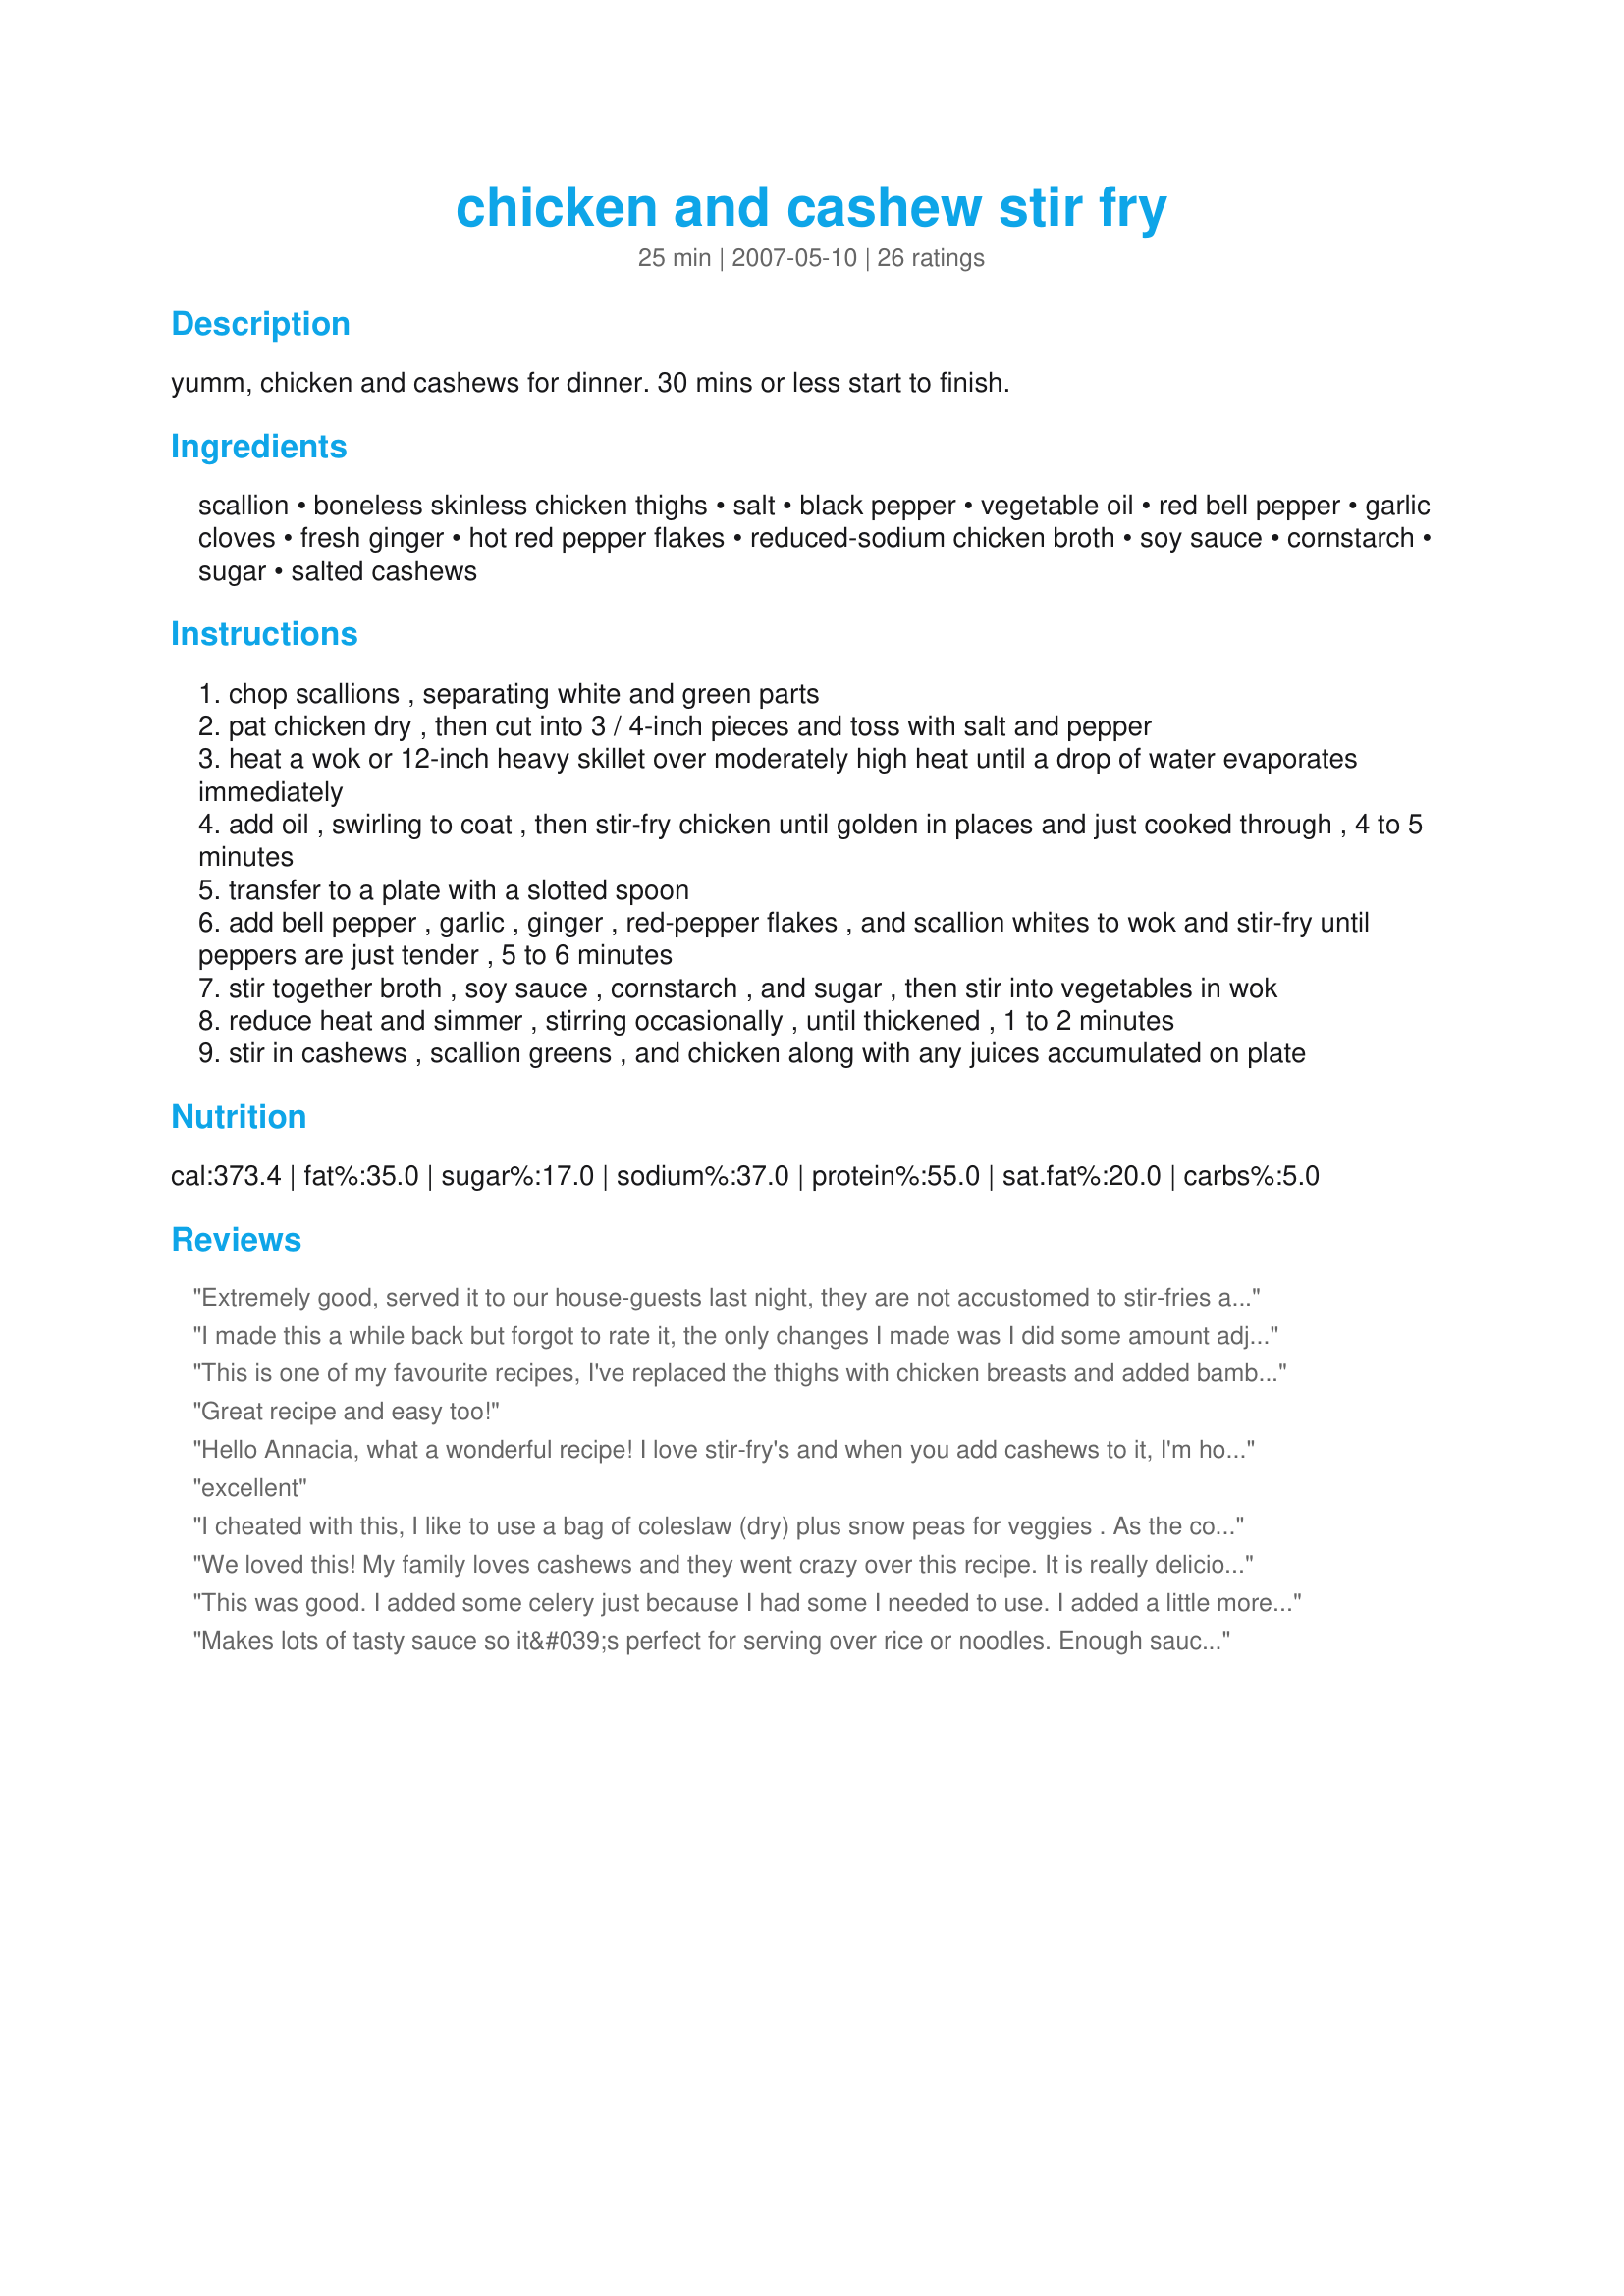
chicken and cashew stir fry
Preparation time: 25 minutes

yumm, chicken and cashews for dinner. 30 mins or less start to finish.

Ingredients:
scallion, boneless skinless chicken thighs, salt, black pepper, vegetable oil, red bell pepper, garlic cloves, fresh ginger, hot red pepper flakes, reduced-sodium chicken broth, soy sauce, cornstarch, sugar, salted cashews

Steps:
chop scallions , separating white and green parts
pat chicken dry , then cut into 3 / 4-inch pieces and toss with salt and pepper
heat a wok or 12-inch heavy skillet over moderately high heat until a drop of water evaporates immediately
add oil , swirling to coat , then stir-fry chicken until golden in places and just cooked through , 4 to 5 minutes
transfer to a plate with a slotted spoon
add bell pepper , garlic , ginger , red-pepper flakes , and scallion whites to wok and stir-fry until peppers are just tender , 5 to 6 minutes
stir together broth , soy sauce , cornstarch , and sugar , then stir into vegetables in wok
reduce heat and simmer , stirring occasionally , until thickened , 1 to 2 minutes
stir in cashews , scallion greens , and chicken along with any juices accumulated on plate

Reviews:
Extremely good, served it to our house-guests last night, they are not accustomed to stir-fries and were pleasantly surprised!
I added extra veg .. I had baby corn and snow peas, so added them in, and used a green bell-pepper, didn't have a red one.

The spice is just right, pleasantly hot, and the chicken was very tender.

I served this over egg noodles, and we enjoyed an excellent supper.

Oh! I used sesame oil instead of the vegetable oil!

Very nice, Annacia, thank you!
I made this a while back but forgot to rate it, the only changes I made was I did some amount adjustments and if my memory serves me right I used chicken breast in place of the thighs, thanks for sharing Annacia, my family enjoyed this dish!
This is one of my favourite recipes, I've replaced the thighs with chicken breasts and added bamboo shoots. All my friends love it.
Great recipe and easy too!
Hello Annacia, what a wonderful recipe! I love stir-fry's and when you add cashews to it, I'm hooked! I used breasts(personal preference)but stir-fryed as posted. However, if you don't have everything prepared and in front of you, it'll be impossible. Thank you for a keeper, Diane :=)
excellent
I cheated with this, I like to use a bag of coleslaw (dry) plus snow peas for veggies . As the coleslaw mix is so fine I add it too the just cooked chicken and save a step and a few minutes. Due to me wearing braces I used raw cashews (toasted are too hard for braces). I thoroughly enjoyed this and even more so for left overs today. The "sauce" was had a good flavour and thickened nicely. Thanks for posting Annacia.
We loved this! My family loves cashews and they went crazy over this recipe. It is really delicious and full of flavor. Definitely will make again. Thanks for sharing.
This was good. I added some celery just because I had some I needed to use. I added a little more liquid to make the sauce go farther. I was out of corn starch so I thickened with flour. And bc I'm cashew crazy, I ended up adding more cashews.
Makes lots of tasty sauce so it&#039;s perfect for serving over rice or noodles. Enough sauce to easily add/vary the vegetables - broccoli, bean sprouts, water chestnuts, celery, mushrooms, snow peas, baby peas, broccoli slaw mix. Good recipe to change up.
Totally delicious! Added green beans and used dried ginger in place of fresh. Accidentally overdid it on the cornstarch and therefore had less sauce, but still fantastic!
SO GOOD! i keep coming back to this recipe because it's SO delicious. I can't believe how much the flavor of the cashews come out! I up the quantity of red bell pepper and sometimes add another veggie and it makes for a pretty healthy dish, i think. i DEFINITELY recommend serving over rice noodles. (you can buy them in a box in the Asian section of the grocery store.) somehow it makes the dish a little more exciting than it would be with plain rice. thank you SO much! you've made me a bit hit with my roommates!
Excellent. I did add 1 T. sesame oil when cooking the chicken in the veg. oil, and I used 1 T. sesame oil and 2 T. Hoisin Sauce in the vegetables when cooking. I added bamboo shoots, mushrooms and water chestnuts. This was incredibly delicious and I've been missing my hometown desperately because of this dish (Houston). I'm in San Antonio now and there are only a few decent Chinese places. Thank you!
Delicious Stir-fry! I loved it. I did add broccoli, because I thought that my son would eat it since he likes broccoli. I used a green bell pepper because that was what was ripe in my garden! I know it would have been much more visually appealing if I had used a red one, but I used what I had. I reduced the amount of ginger to 3/4 of the amount, and that seemed to work really well for us. I served it over jasmine rice. Even with the broccoli, DS didn't care for it...but he is very picky. I loved it, and so did everyone else. Made this for Zaar Stars Tag!
This was excellent! Just like restaurant Cashew Chicken! I will add a few more cashews next time. I will definitely make this again.
Made for Zaar Chef Alphabet Soup ~ Jan-June 2013 tag game and we weren&#039;t dissapointed. I used chicken thighs, cut down on the ginger a little and added some snow peas. Easy, delicious and quick! Thank you for a wonderful dish.
This is very flavorful! I use sesame oil for part of the oil and left out the salt. I servedthe cashews on the side so they wouldn't get soggy for leftovers. Thank you.
More like a 4 1/2. Easy and quick go-to meal on a busy night, and it&#039;s transformed into almost a new dish simply by changing the vegetables. I did find it to be just a tad too salty for my tastes, so using low-sodium soy is a good option here. &lt;br/&gt;&lt;br/&gt;Unfortunately I didn&#039;t have any fresh ginger on hand when I made this, so I used powdered -- on step 5 when the ginger goes in with the vegetables, I also threw in 1/8 cup of water and partially covered the pan. The water rehydrated the ginger and steamed the vegetables at the same time, and it was great in a pinch. (Note: I steamed the veggies for only 3 minutes, and then I uncovered the pan.)&lt;br/&gt;&lt;br/&gt;Great meal. Will definitely make again.
We love stir- frys - have everything chopped makes for a great tasting meal in minutes! Used chicken breasts - other then that I made as posted with wonderful results. Not sure what took me so long to find those recipes of yours - know I'll be making more! This is in my keepers - definitely a company quality meal. Thank you for posting this flavorful combination of chicken and vegetables making for a repeatable.
Very delicious flavor! I prepped everything before hand because once you start, the process is very quick. I added broccoli as well when I put the peppers, ginger, etc. in. As well I didn't have fresh ginger so I used ground ginger instead. I served it over rice which was good, but will make more of the sauce next time. Overall great recipe and will definitely make again!
This has quickly become one of my family's favorite stir-fries. We tried it once with regular onion because we had no green onions on hand. (Silly us.) The result was okay but not fantastic. I add broccoli, too, and double the pepper flakes, ginger, cashews, and of course I double the sauce (using a whole small can of broth). Also, I've been adding ginger to the sauce as well, and we eat it over basmati rice. Tonight we used leftover grilled garlic chicken to make this and just threw in the chicken after the veggies had heated up--it made for a really quick supper! Thank you for a wonderful, versatile recipe!
Excellent stirfry and also very easy to prepare. I prepped all of the ingredients beforehand, and then the actual cooking time was speedy quick. The sauce is plentiful and very tasty...just a hint of sweetness and spice. I might omit the sugar next time because I think the sauce would still be delicious. There is a lot of sauce so I recommend serving this strifry atop rice. Also, as a personal preference, I am going to halve the amount of ginger next time. Using chicken thighs kept the chicken nice and tender (doesn't have the tendency to dry out like chicken breasts). Thank you for a yummy, easy recipe! P.S. I had made some steamed broccoli as a side dish and decided to toss it into the stirfry. It was great!
This is a taste delight- I used breasts instead of thighs because I had them on hand, added some yellow peppers as well as the red. We loved the crunch & flavor of the cashews. I don't know how this recipe has been missed up until now. Get everything ready in advance and the recipe takes minutes to prepare Thanks Annacia for a lovely dinner
Very good! Used with "All Purpose Stir-Fry Sauce" (#87748) for an excellent meal!
Thank you so much for sharing this recipe. It was fanatastic. I wanted to make it a bit more like our local restauraunts Cashew Chicken so I added a can of bean sprouts and one of water chestnuts. Otherwise I just followed your recipe. I have to tell you this is one of my favorite recipes in a long time! Can't wait to make it again and again!
I loved this! When I go to my favorite Thai restaurant, I sometimes get Cashew Chicken. This tops that! I cut back the ginger in this, I'm not too fond of it. And I added broccoli, because I had a small head in the fridge that needed to be used up. I did use chicken breasts instead of thighs, because the breasts were on sale, and the thighs were more expensive. All in all, this was fantastic. Next time, I'm going to learn how to make some good sticky rice, like my fav Thai place, and have the sticky rice with this dish. Thanks Annacia for posting such a great recipe. UPDATE 1/16/11: I now like ginger very much. And I add the amount, plus. DH had this with me for the first time tonight, and he really enjoyed it. Thanks again Annacia. :~)
